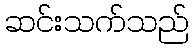
ဆင်းသက်သည်